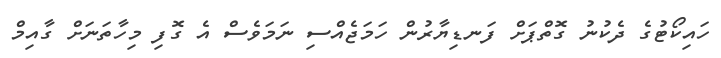
ހައިކޯޓުގެ ދެކުނު ގޮތްޕަށް ފަނޑިޔާރުން ހަމަޖެއްސި ނަމަވެސް އެ ގޮފި މިހާތަނަށް ގާއިމް